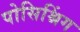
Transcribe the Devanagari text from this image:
पोसिश्निंग